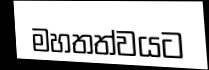
මහතත්වයට